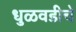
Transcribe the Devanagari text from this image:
धुळवडीचे